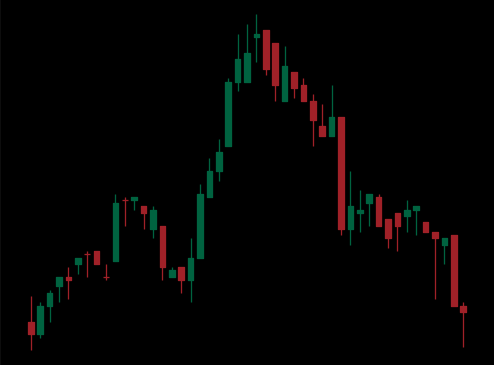
Pattern: head_shoulders